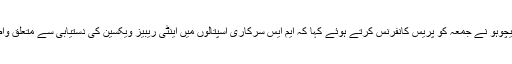
وزیر صحت سندھ ڈاکٹر عذرا پیچوہو نے جمعہ کو پریس کانفرنس کرتے ہوئے کہا کہ ایم ایس سرکاری اسپتالوں میں اینٹی ریبیز ویکسین کی دستیابی سے متعلق واضح معلومات فراہم نہیں کرتے۔